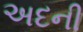
અદની